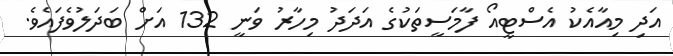
އަދި މިއާއެކު އެސްޓީއޯ ފާމަސީތަކުގެ އަދަދު މިހާރު ވަނީ 132 އަށް ބަދަލުވެފައެވެ.